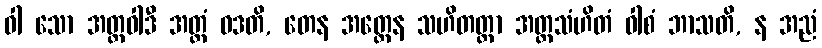
ဝါ သော အတ္ထဝါဒီ အတ္ထံ ဝဒတိ, တေန အတ္ထေန သဟိတတ္တာ အတ္ထသံဟိတံ ဝါစံ ဘာသတိ, န အညံ